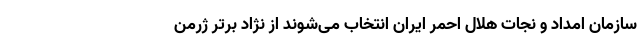
سازمان امداد و نجات هلال احمر ایران انتخاب می‌شوند از نژاد برتر ژرمن